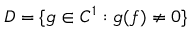
D = \{ g \in C ^ { 1 } : g ( f ) \neq 0 \}